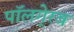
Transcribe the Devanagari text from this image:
पॉलगे्रव